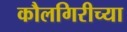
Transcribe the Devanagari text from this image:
कौलगिरीच्या